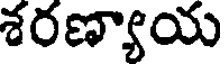
శరణ్యాయ